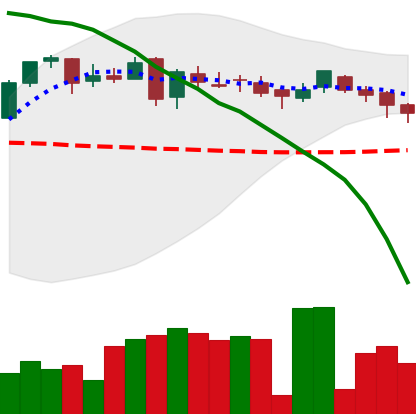
Ticker: DOGE-USD
Chart end date: 2018-05-07
Forward return: -7.141%
Label: down_7plus